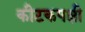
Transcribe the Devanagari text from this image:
कीटकपक्षी